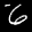
Label: 6